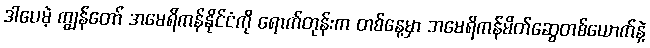
ဒါပေမဲ့ ကျွန်တော် အမေရိကန်နိုင်ငံကို ရောက်တုန်းက တစ်နေ့မှာ အမေရိကန်မိတ်ဆွေတစ်ယောက်နဲ့